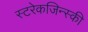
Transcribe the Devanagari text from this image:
स्टरेकजिन्स्की